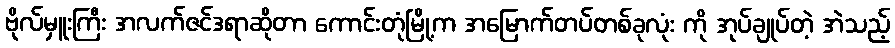
ဗိုလ်မှူးကြီး အလက်ဇင်ဒရာဆိုတာ ကောင်းတုံမြို့က အမြောက်တပ်တစ်ခုလုံး ကို အုပ်ချုပ်တဲ့ အဲသည့်